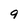
Character: 9